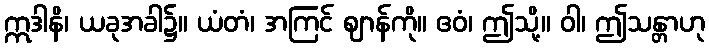
ဣဒါနိ၊ ယခုအခါ၌။ ယံတံ၊ အကြင် ဈာန်ကို။ ဧဝံ၊ ဤသို့။ ဝါ၊ ဤသန္တာဟု